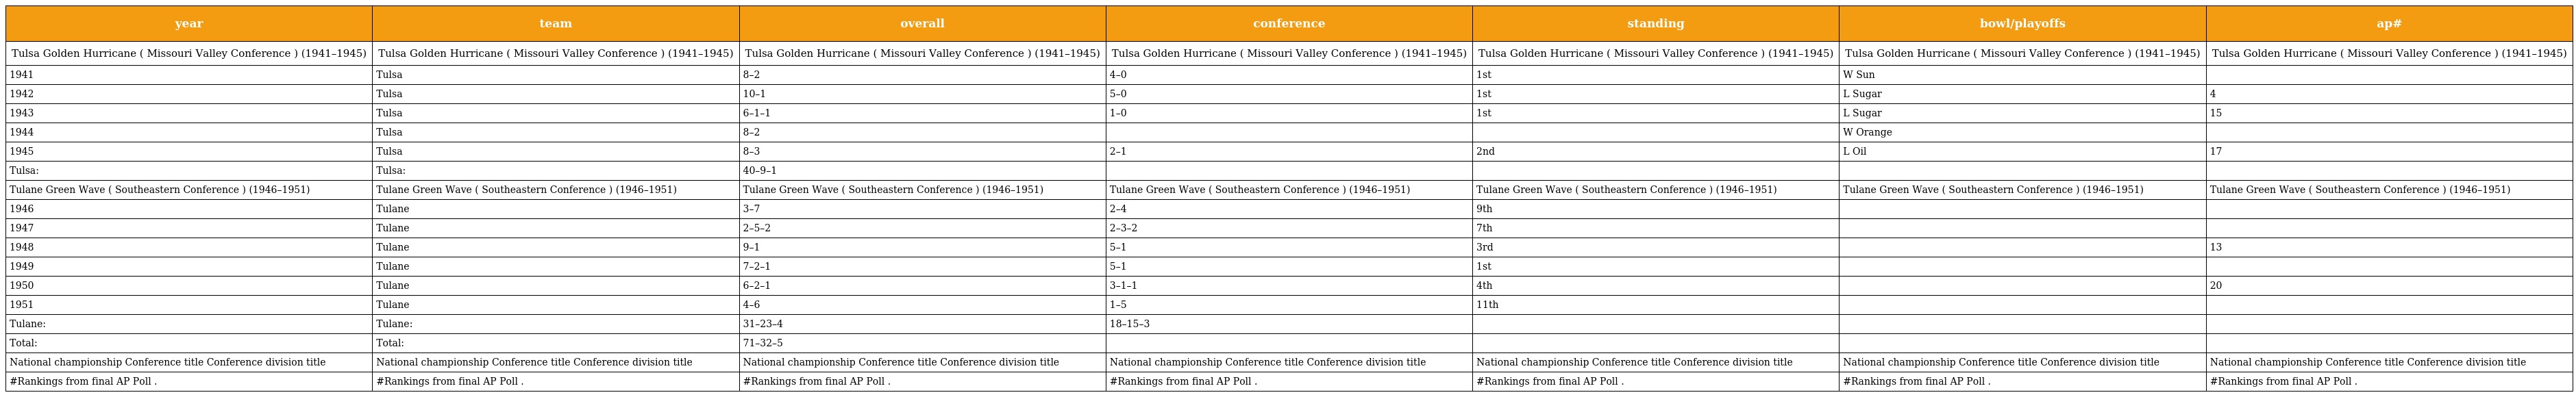
| year | team | overall | conference | standing | bowl/playoffs | ap# |
 | --- | --- | --- | --- | --- | --- | --- |
 | Tulsa Golden Hurricane ( Missouri Valley Conference ) (1941–1945) | Tulsa Golden Hurricane ( Missouri Valley Conference ) (1941–1945) | Tulsa Golden Hurricane ( Missouri Valley Conference ) (1941–1945) | Tulsa Golden Hurricane ( Missouri Valley Conference ) (1941–1945) | Tulsa Golden Hurricane ( Missouri Valley Conference ) (1941–1945) | Tulsa Golden Hurricane ( Missouri Valley Conference ) (1941–1945) | Tulsa Golden Hurricane ( Missouri Valley Conference ) (1941–1945) |
 | 1941 | Tulsa | 8–2 | 4–0 | 1st | W Sun |  |
 | 1942 | Tulsa | 10–1 | 5–0 | 1st | L Sugar | 4 |
 | 1943 | Tulsa | 6–1–1 | 1–0 | 1st | L Sugar | 15 |
 | 1944 | Tulsa | 8–2 |  |  | W Orange |  |
 | 1945 | Tulsa | 8–3 | 2–1 | 2nd | L Oil | 17 |
 | Tulsa: | Tulsa: | 40–9–1 |  |  |  |  |
 | Tulane Green Wave ( Southeastern Conference ) (1946–1951) | Tulane Green Wave ( Southeastern Conference ) (1946–1951) | Tulane Green Wave ( Southeastern Conference ) (1946–1951) | Tulane Green Wave ( Southeastern Conference ) (1946–1951) | Tulane Green Wave ( Southeastern Conference ) (1946–1951) | Tulane Green Wave ( Southeastern Conference ) (1946–1951) | Tulane Green Wave ( Southeastern Conference ) (1946–1951) |
 | 1946 | Tulane | 3–7 | 2–4 | 9th |  |  |
 | 1947 | Tulane | 2–5–2 | 2–3–2 | 7th |  |  |
 | 1948 | Tulane | 9–1 | 5–1 | 3rd |  | 13 |
 | 1949 | Tulane | 7–2–1 | 5–1 | 1st |  |  |
 | 1950 | Tulane | 6–2–1 | 3–1–1 | 4th |  | 20 |
 | 1951 | Tulane | 4–6 | 1–5 | 11th |  |  |
 | Tulane: | Tulane: | 31–23–4 | 18–15–3 |  |  |  |
 | Total: | Total: | 71–32–5 |  |  |  |  |
 | National championship Conference title Conference division title | National championship Conference title Conference division title | National championship Conference title Conference division title | National championship Conference title Conference division title | National championship Conference title Conference division title | National championship Conference title Conference division title | National championship Conference title Conference division title |
 | #Rankings from final AP Poll . | #Rankings from final AP Poll . | #Rankings from final AP Poll . | #Rankings from final AP Poll . | #Rankings from final AP Poll . | #Rankings from final AP Poll . | #Rankings from final AP Poll . |